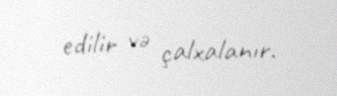
edilir və çalxalanır.